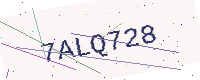
Text: 7ALQ728